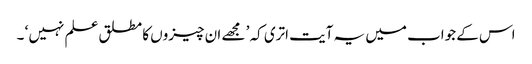
اس کے جواب میں یہ آیت اتری کہ ’ مجھے ان چیزوں کا مطلق علم نہیں ‘ ۔